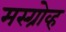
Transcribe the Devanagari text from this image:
मस्ग्रोव्ह